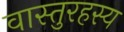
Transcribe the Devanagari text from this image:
वास्तुरहस्य